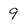
Character: 9